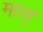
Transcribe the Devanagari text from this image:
माल्